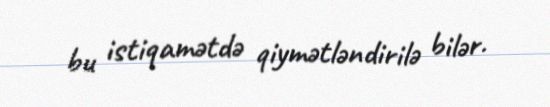
bu istiqamətdə qiymətləndirilə bilər.